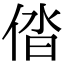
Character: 𠉤